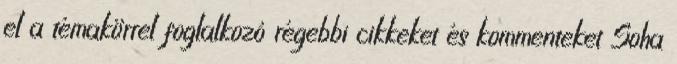
el a témakörrel foglalkozó régebbi cikkeket és kommenteket Soha